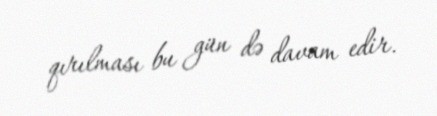
qırılması bu gün də davam edir.